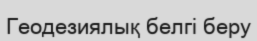
Геодезиялық белгі беру